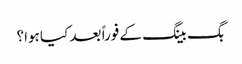
بگ بینگ کے فوراً بعد کیا ہوا؟